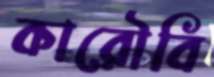
কারৌবি